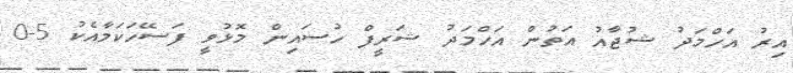
އިރު އަހްމަދު ޝުޖާއު އަތުން އަހްމަދު ޝަރީފް ހުސައިން މޮޅުވީ ފަސޭހަކަމާއެކު 5-0